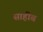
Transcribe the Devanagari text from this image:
साहीब